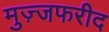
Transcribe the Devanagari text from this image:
मुज़्जफरीद